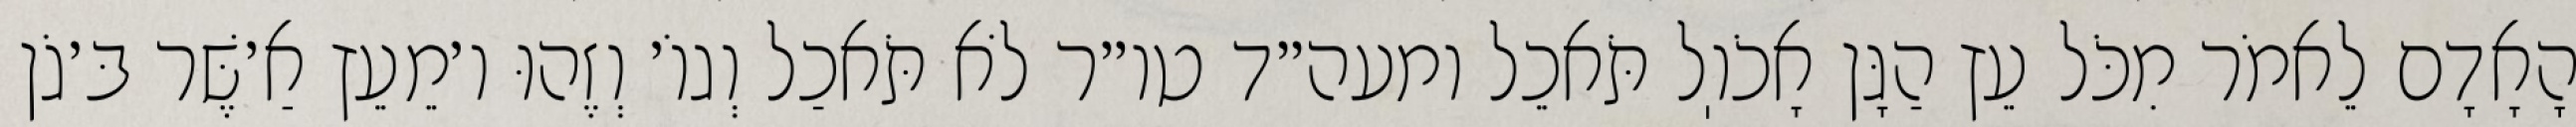
הָאָדָם לֵאמֹר מִכֹּל עֵץ הַגָּן אָכֹוֽל תֹּאכֵל ומעה״ד טו״ר לֹא תֹּאכַל וְגוֹ׳ וְזֶהוּ ו׳מֵעֵץ אַ׳שֶּׁר בּ׳גֹן